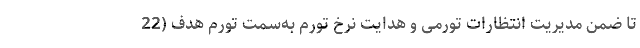
تا ضمن مدیریت انتظارات تورمی و هدایت نرخ تورم به‌سمت تورم هدف (22